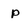
Character: p